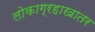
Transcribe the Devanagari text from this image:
लोकाग्रहाखातर